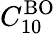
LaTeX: C_{10}^{\mathrm{BO}}